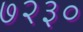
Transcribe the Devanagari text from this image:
७२३०